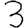
Digit: 3